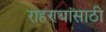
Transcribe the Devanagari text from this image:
राहण्यांसाठी